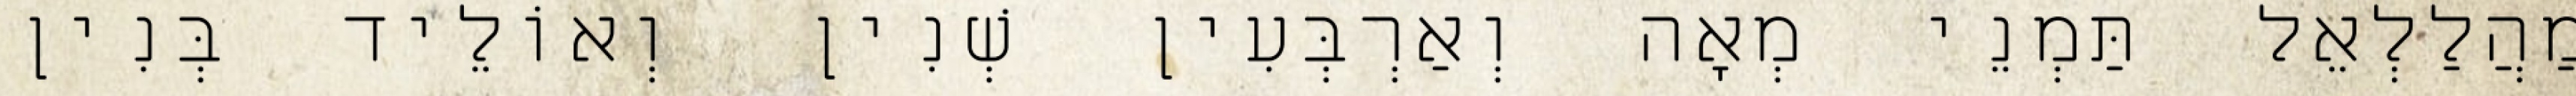
מַהֲלַלְאֵל תַּמְנֵי מְאָה וְאַרְבְּעִין שְׁנִין וְאוֹלֵיד בְּנִין